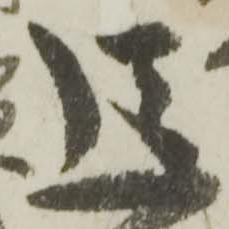
送